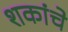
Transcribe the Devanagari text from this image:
शकांचे